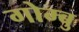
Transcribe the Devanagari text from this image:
गोम्बु